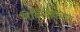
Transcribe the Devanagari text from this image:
निर्बिक्षिकरण